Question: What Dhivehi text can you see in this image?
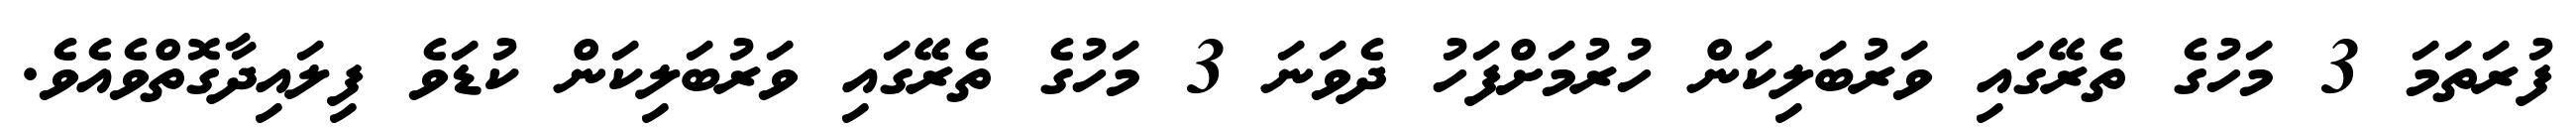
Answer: ފުރަތަމަ 3 މަހުގެ ތެރޭގައި ވަރުބަލިކަން ހުރުމަށްފަހު ދެވަނަ 3 މަހުގެ ތެރޭގައި ވަރުބަލިކަން ކުޑަވެ ފިލައިދާގޮތްވެއެވެ.